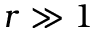
r \gg 1